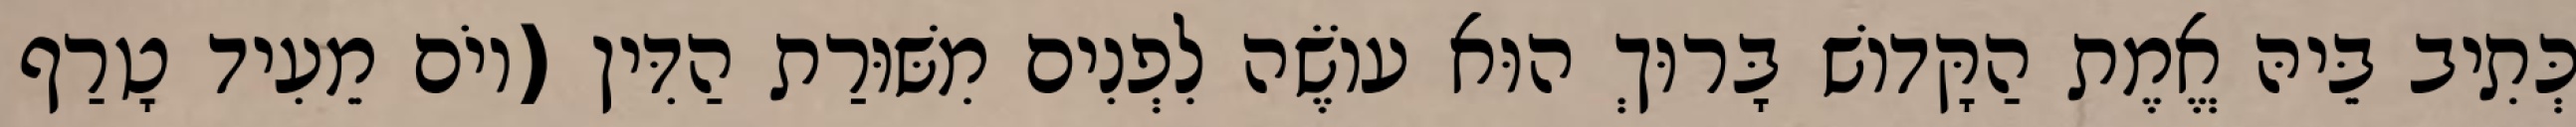
כְּתִיב בֵּיהּ אֱמֶת הַקָּדוֹשׁ בָּרוּךְ הוּא עוֹשֶׂה לִפְנִים מִשּׁוּרַת הַדִּין (יוֹם מֵעִיד טָרַף